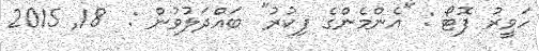
ހަވީރު ފޮޓޯ : "އެންމެންގެ ފިކުރު" ބައްދަލުވުން :  18